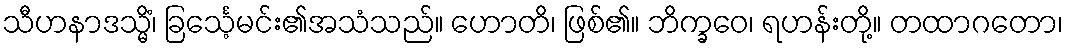
သီဟနာဒသ္မိံ၊ ခြင်္သေ့မင်း၏အသံသည်။ ဟောတိ၊ ဖြစ်၏။ ဘိက္ခဝေ၊ ရဟန်းတို့။ တထာဂတော၊